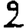
Digit: 2